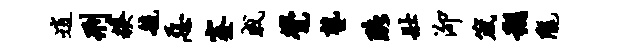
逍刑糗毓恶蹇戚觉塾珞壮泖箴朔陇